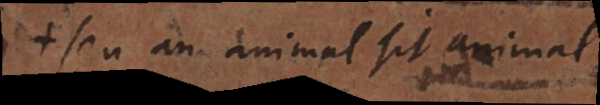
+ seu an animal sit animal